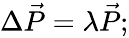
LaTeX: \begin{array}{r}{\Delta\vec{P}=\lambda\vec{P};}\end{array}